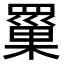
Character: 罺